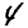
Digit: 4